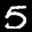
Label: 5